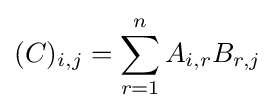
(C)_{i,j}=\sum _{r=1}^{n}A_{i,r}B_{r,j}